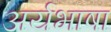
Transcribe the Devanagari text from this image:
अर्यभाषा